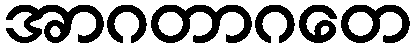
အာဂတာဂတေ